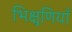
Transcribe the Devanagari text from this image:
भिक्षुणियाँ